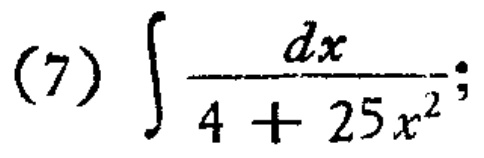
(7) \(\int \frac{dx}{4 + 25x^{2}}\);